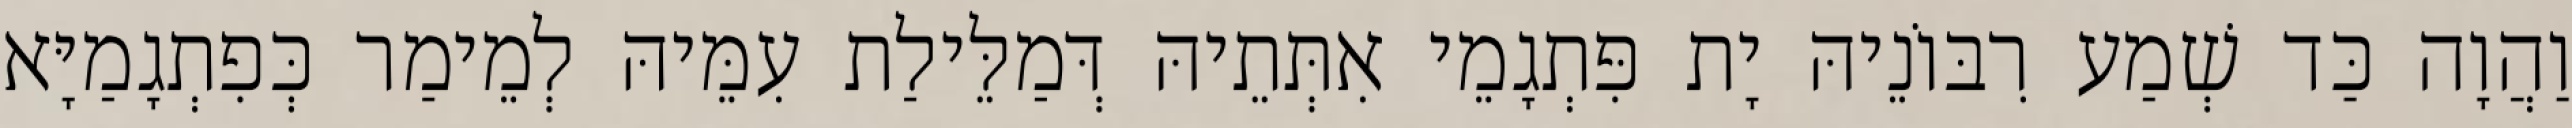
וַהֲוָה כַּד שְׁמַע רִבּוֹנֵיהּ יָת פִּתְגָמֵי אִתְּתֵיהּ דְּמַלֵּילַת עִמֵּיהּ לְמֵימַר כְּפִתְגָמַיָּא